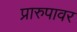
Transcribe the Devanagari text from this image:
प्रारुपावर